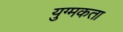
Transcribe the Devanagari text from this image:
युग्मकता